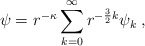
\begin{align*}\psi=r^{-\kappa}\sum_{k=0}^\infty r^{-\frac{3}{2}k}\psi_k\;,\end{align*}